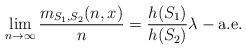
LaTeX: \begin{align*} \lim_{n \rightarrow \infty} \frac{m_{S_1,S_2}(n, x)}{n} = \frac{h(S_1)}{h(S_2)} \lambda - \mathrm{a.e.}\end{align*}